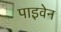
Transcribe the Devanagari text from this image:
पाइवेन